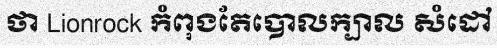
ថា Lionrock កំពុងតែបោលក្បាល សំដៅ